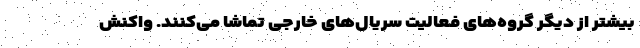
بیشتر از دیگر گروه‌های فعالیت سریال‌های خارجی تماشا می‌کنند. واکنش